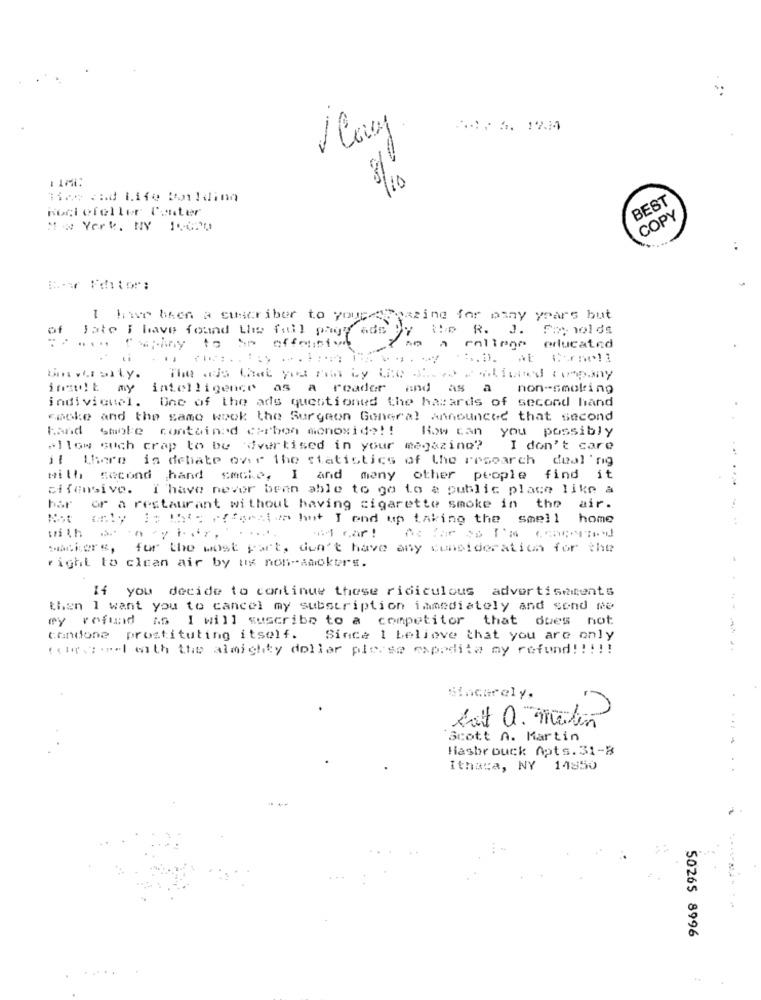
1 Cay.
1 1/1:
Time and Life Do!dina
BEST
Rockefeller Center
COPY
New York, NY 1.000
Bor Feitor:
I has been a suscriber to your stoazing for asay years but
of
Jate I have found the full page ads by the R. J. Frynolds
offeninte
......
to
enliege educated
intelligence as a reader and as a non-smoking
individuel. One of the ads questioned the hazards of second hand
.
cache and the same week the Surgeon General Announced that second
hand smoke
contained carbon monoxide! ! How can you possibly
pllow such crap to be advertised in your magazine? I don't care
il there is debate over the statistics of the research deal 'rig
with second hand cache, I and many other people find it
cifensive. I have never been able to go to a public place like a
har
or a restaurant without having cigarette smoke in the air.
Not only Is the effectue but I end up taking the smell home
with wir.
......
machers, for the most part, don't have any consideration for the
right to clean air by us non-smokers.
If you decide to continue these ridiculous advertisements
then I want you to cancel my subscription immediately and send me
ey refund as I will suscribo to a competitor that dues not
candone prostituting itself. Since 1 believe that you are only
(che si.r.l with the almighty doller please expedita my refund !!!!!
------
Sincerely.
Eat Q. metin
Scott A. Martin
Hasbrouck Apts. 31-B
Ithaca, NY 14850
50265 8996
. ....